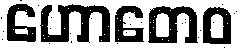
ဟောတေဝ